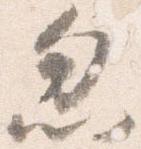
忽